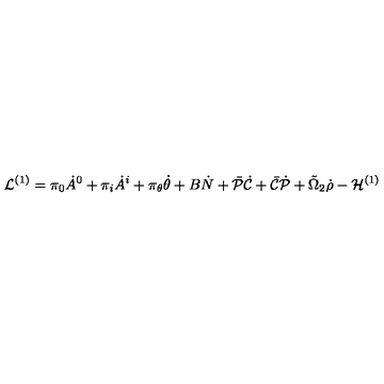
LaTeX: { \cal L } ^ { ( 1 ) } = \pi _ { 0 } \dot { A } ^ { 0 } + \pi _ { i } \dot { A } ^ { i } + \pi _ { \theta } \dot { \theta } + B \dot { N } + \bar { \cal P } \dot { \cal C } + \bar { \cal C } \dot { \cal P } + \tilde { \Omega } _ { 2 } \dot { \rho } - { \cal H } ^ { ( 1 ) }